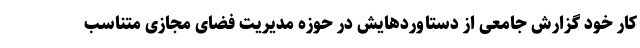
کار خود گزارش جامعی از دستاوردهایش در حوزه مدیریت فضای مجازی متناسب